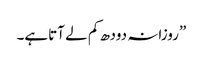
”روزانہ دودھ کم لے آتاہے۔